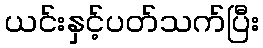
ယင်းနှင့်ပတ်သက်ပြီး